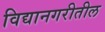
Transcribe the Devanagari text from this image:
विद्यानगरीतील